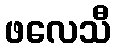
ဖလေသီ